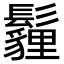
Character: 𩯬